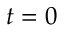
t = 0